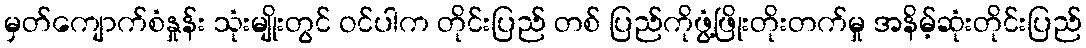
မှတ်ကျောက်စံနှုန်း သုံးမျိုးတွင် ဝင်ပါက တိုင်းပြည် တစ် ပြည်ကိုဖွံ့ဖြိုးတိုးတက်မှု အနိမ့်ဆုံးတိုင်းပြည်